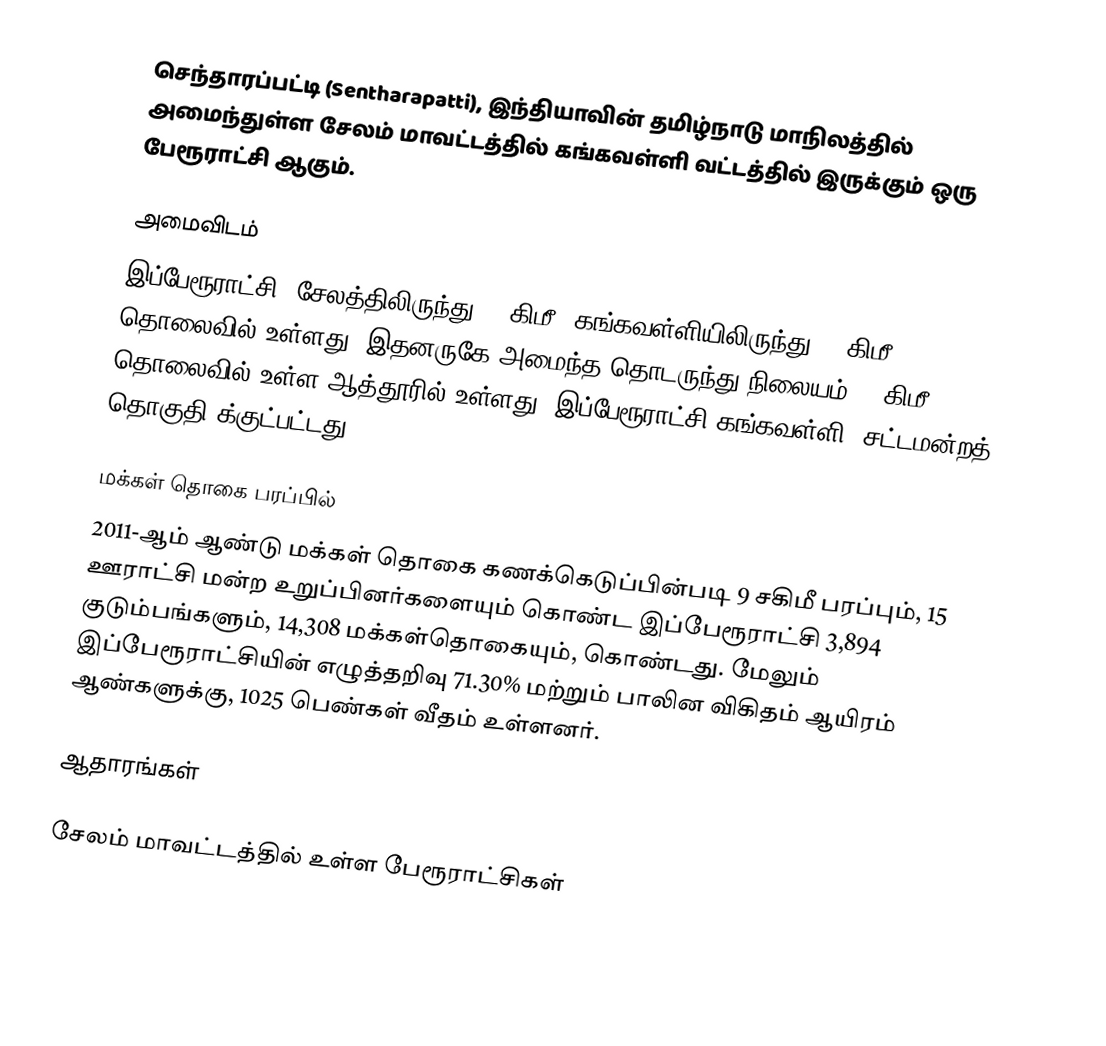
செந்தாரப்பட்டி (Sentharapatti), இந்தியாவின் தமிழ்நாடு மாநிலத்தில் அமைந்துள்ள சேலம் மாவட்டத்தில் கங்கவள்ளி வட்டத்தில் இருக்கும் ஒரு பேரூராட்சி ஆகும்.

அமைவிடம்
இப்பேரூராட்சி, சேலத்திலிருந்து 70 கிமீ; கங்கவள்ளியிலிருந்து 20 கிமீ தொலைவில் உள்ளது. இதனருகே அமைந்த தொடருந்து நிலையம் 35 கிமீ தொலைவில் உள்ள  ஆத்தூரில் உள்ளது. இப்பேரூராட்சி கங்கவள்ளி (சட்டமன்றத் தொகுதி)க்குட்பட்டது.

மக்கள் தொகை பரப்பில்
2011-ஆம் ஆண்டு மக்கள் தொகை கணக்கெடுப்பின்படி 9 சகிமீ பரப்பும், 15 ஊராட்சி மன்ற உறுப்பினர்களையும் கொண்ட  இப்பேரூராட்சி  3,894 குடும்பங்களும், 14,308 மக்கள்தொகையும், கொண்டது. மேலும் இப்பேரூராட்சியின் எழுத்தறிவு 71.30%    மற்றும்  பாலின விகிதம்  ஆயிரம் ஆண்களுக்கு, 1025  பெண்கள் வீதம் உள்ளனர்.

ஆதாரங்கள்

சேலம் மாவட்டத்தில் உள்ள பேரூராட்சிகள்